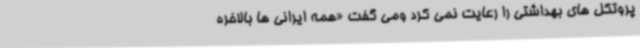
پروتکل های بهداشتی را رعایت نمی کرد ومی گفت «همه ایرانی ها بالاخره